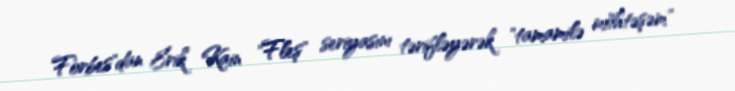
Forbes"dan Erik Kain "Fleş" seriyasını tərifləyərək "tamamilə möhtəşəm"